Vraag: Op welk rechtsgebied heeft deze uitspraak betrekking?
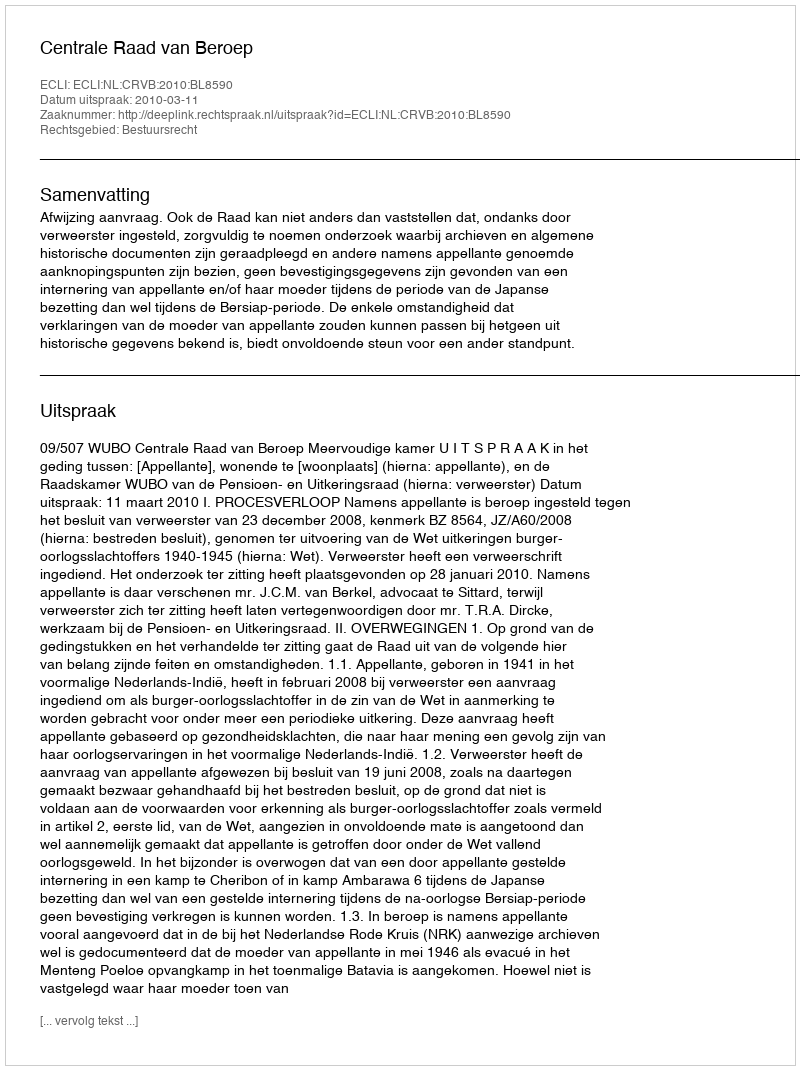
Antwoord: Bestuursrecht